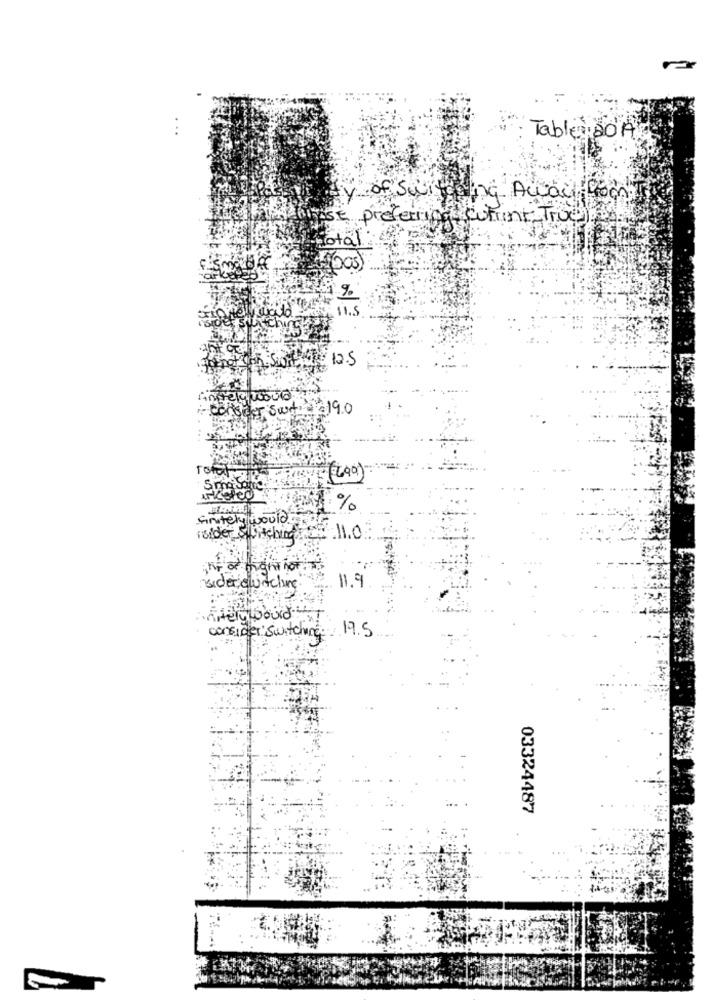
Table BOA
ty of Suite ing Away from
SE preferring current True
Total
(os)
%
11.5
consider swit
3190
SmaJanice
%
finitely would
1side Switching 5: 11.0
11.9
sider, clutchune
artery would
consider Switching: 19.5
03324487